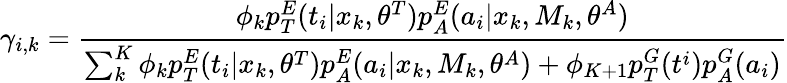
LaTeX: \gamma_{i,k}=\frac{\phi_{k}p_{T}^{E}(t_{i}|x_{k},\theta^{T})p_{A}^{E}(a_{i}|x_{k},M_{k},\theta^{A})}{{\sum_{k}^{K}\phi_{k}p_{T}^{E}(t_{i}|x_{k},\theta^{T})p_{A}^{E}(a_{i}|x_{k},M_{k},\theta^{A})+\phi_{K+1}p_{T}^{G}(t^{i})p_{A}^{G}(a_{i})}}